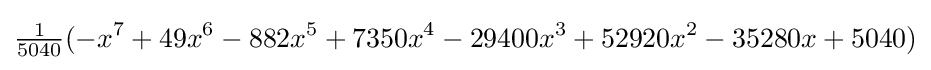
{\tfrac {1}{5040}}(-x^{7}+49x^{6}-882x^{5}+7350x^{4}-29400x^{3}+52920x^{2}-35280x+5040)